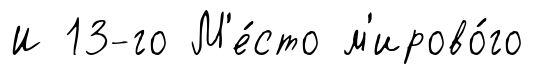
И 13-го М'е́сто м'ирово́го